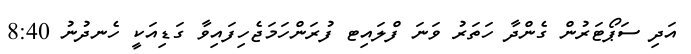
އަދި ސަޕޯޓަރުން ގެންދާ ހަތަރު ވަނަ ފްލައިޓ ފުުރަންހަމަޖެހިފައިވާ ގަޑިއަކީ ހެނދުނު 8:40